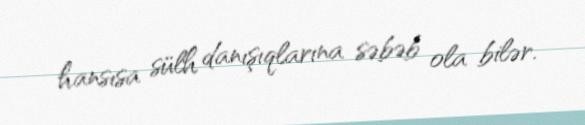
hansısa sülh danışıqlarına səbəb ola bilər.